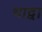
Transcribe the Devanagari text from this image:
भाद्वा